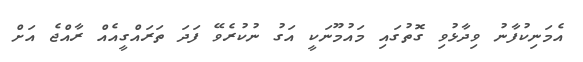
އެމަނިކުފާނު ވިދާޅުވި ގޮތުގައި މައުމޫނަކީ އަގު ނުކުރެވޭ ފަދަ ތަރައްގީއެއް ރާއްޖެ އަށް